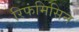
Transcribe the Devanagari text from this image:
रिफंमिसिन